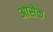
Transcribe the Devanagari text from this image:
आसेक